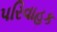
પરિવાહક